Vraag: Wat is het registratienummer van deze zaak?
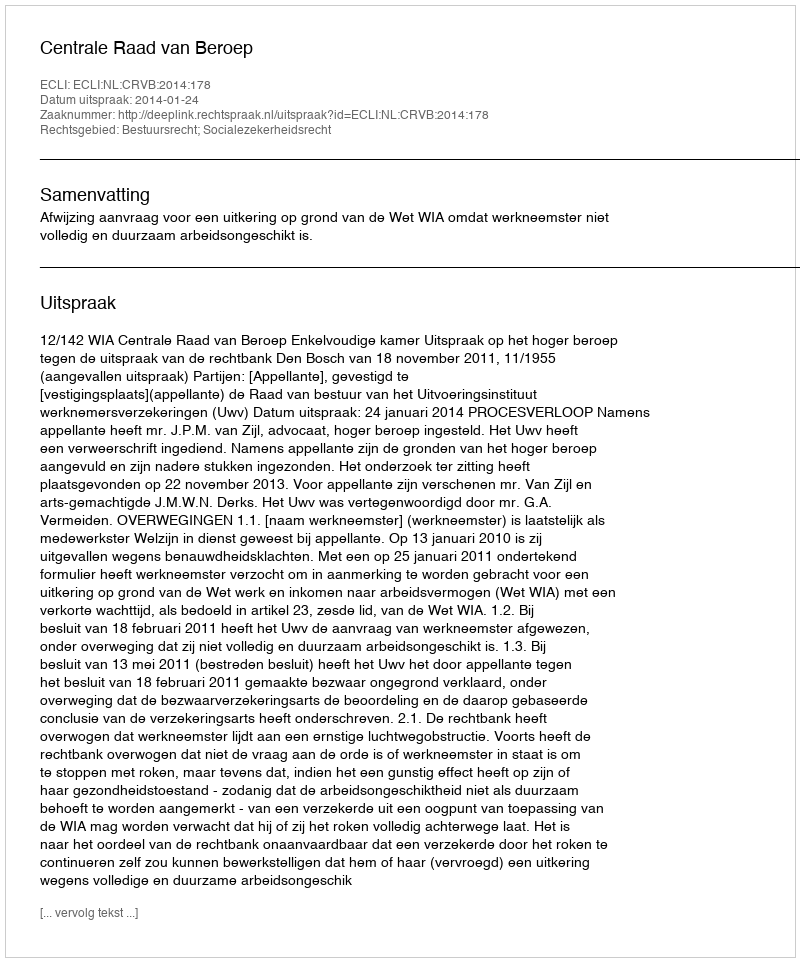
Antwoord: http://deeplink.rechtspraak.nl/uitspraak?id=ECLI:NL:CRVB:2014:178